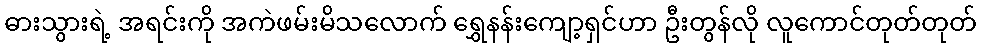
ဓားသွားရဲ့ အရင်းကို အကဲဖမ်းမိသလောက် ရွှေနန်းကျော့ရှင်ဟာ ဦးတွန်လို လူကောင်တုတ်တုတ်